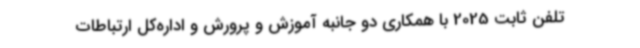
تلفن ثابت 2025 با همکاری دو جانبه آموزش و پرورش و اداره‌کل ارتباطات